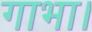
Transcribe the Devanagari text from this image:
गाभा।